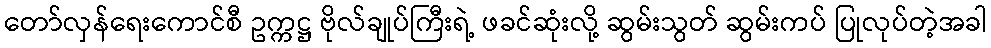
တော်လှန်ရေးကောင်စီ ဥက္ကဋ္ဌ ဗိုလ်ချုပ်ကြီးရဲ့ ဖခင်ဆုံးလို့ ဆွမ်းသွတ် ဆွမ်းကပ် ပြုလုပ်တဲ့အခါ